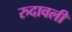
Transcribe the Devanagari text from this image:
रुदावली